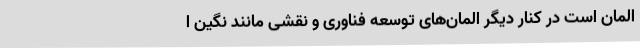
المان است در کنار دیگر المان‌های توسعه فناوری و نقشی مانند نگین ا